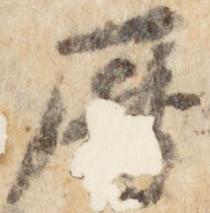
暦